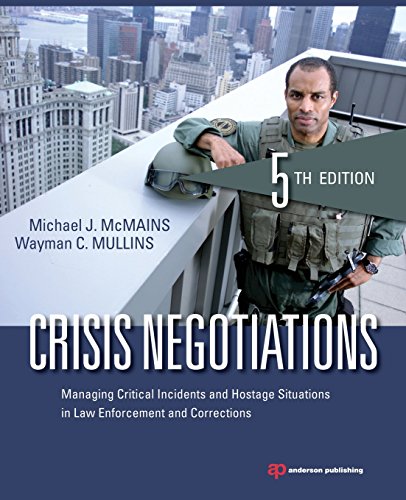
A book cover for Crisis Negotiations: Managing Critical Incidents and Hostage Situations in Law Enforcement and Corrections; Michael J. McMains; Politics & Social Sciences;